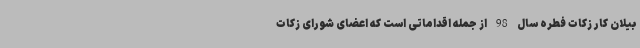
بیلان کار زکات فطره سال 98 از جمله اقداماتی است که اعضای شورای زکات